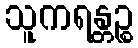
သူကရန္တဉ္စ